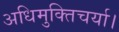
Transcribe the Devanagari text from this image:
अधिमुक्तिचर्या।